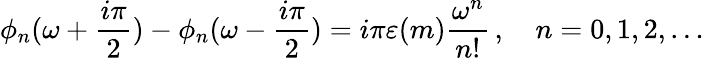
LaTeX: \phi_{n}(\omega+\frac{i\pi}{2})-\phi_{n}(\omega-\frac{i\pi}{2})=i\pi\varepsilon(m)\frac{\omega^{n}}{n!}\, ,\quad n=0,1,2,\dots